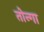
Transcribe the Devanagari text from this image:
तोन्गा